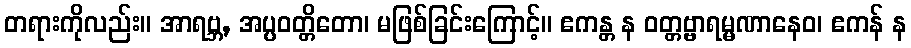
တရားကိုလည်း။ အာရဗ္ဘ, အပ္ပဝတ္တိတော၊ မဖြစ်ခြင်းကြောင့်။ ဧကန္တ န ဝတ္တဗ္ဗာရမ္မဏာနေဝ၊ ဧကန် န